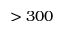
> 3 0 0